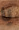
يا